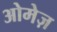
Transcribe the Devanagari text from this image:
ओमेज़